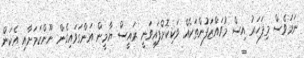
ނަމަވެސް މިފަހަރު އިސް މުވައްޒަފުންތަކެއް ވަކިކޮށްފައިވަނީ ރައީސް ޔާމީން އަންގަވައިގެން ނޫންކަމަށާއި އެކަން